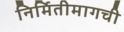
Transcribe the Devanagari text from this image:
निर्मितीमागची